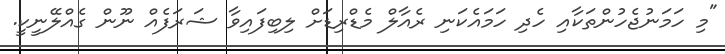
"މި ހަމަނުޖެހުންތަކާއި ހެދި ހަމައެކަނި ރެއާލް މެޑްރިޑަށް ލިބިފައިވާ ޝަރަފެއް ނޫން ގެއްލޭނީކީ.